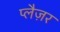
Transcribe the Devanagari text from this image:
प्लैज़र